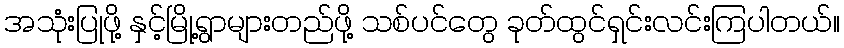
အသုံးပြုဖို့ နှင့်မြို့ရွာများတည်ဖို့ သစ်ပင်တွေ ခုတ်ထွင်ရှင်းလင်းကြပါတယ်။